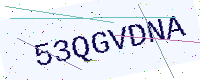
Text: 53QGVDNA